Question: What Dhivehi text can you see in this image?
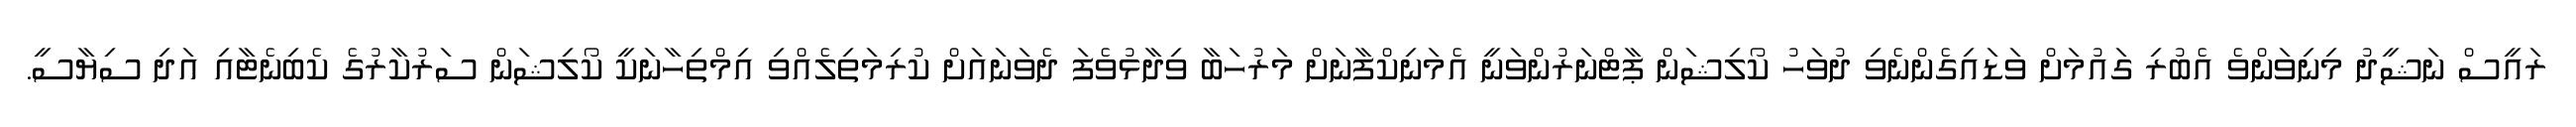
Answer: ރައީސް ނަޝީދު މިނިވަންވެ އެބުރި ގައުމަށް ވަޑައިގެންނެވި ދުވަހު ކޯލިޝަން ޕާޓްނަރުންވަނީ އެމަނިކްފާނަށް މަރުހަބާ ވިދާޅުވެފަ ދެވަނައަށް ކުރިމަތިލެއްވި އިމްތިހާނަކީ ކޯލިޝަން ސަރުކާރުގެ ކެބިނެޓާއި އަދި ސިޔާސީ.